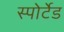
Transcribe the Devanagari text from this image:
स्पोर्टेड